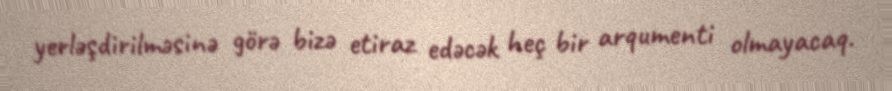
yerləşdirilməsinə görə bizə etiraz edəcək heç bir arqumenti olmayacaq.